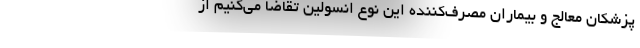
پزشکان معالج و بیماران مصرف‌کننده این نوع انسولین تقاضا می‌کنیم از